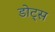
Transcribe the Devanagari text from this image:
डोट्स